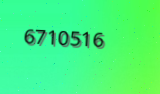
6710516